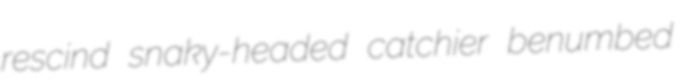
rescind snaky-headed catchier benumbed